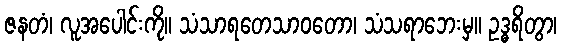
ဇနတံ၊ လူအပေါင်းကို။ သံသာရတေသာဝတော၊ သံသရာဘေးမှ။ ဥဒ္ဓရိတွာ၊